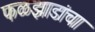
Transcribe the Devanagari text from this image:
फळझाडांचा